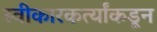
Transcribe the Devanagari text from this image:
स्वीकारकर्त्यांकडून